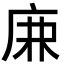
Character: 𢈘